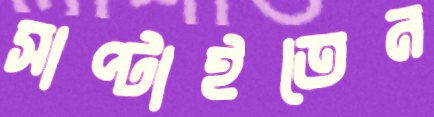
সাপ্‌টাইতেন